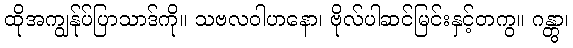
ထိုအကျွန်ုပ်ပြာသာဒ်ကို။ သဗလဝါဟနော၊ ဗိုလ်ပါဆင်မြင်းနှင့်တကွ။ ဂန္တွာ၊